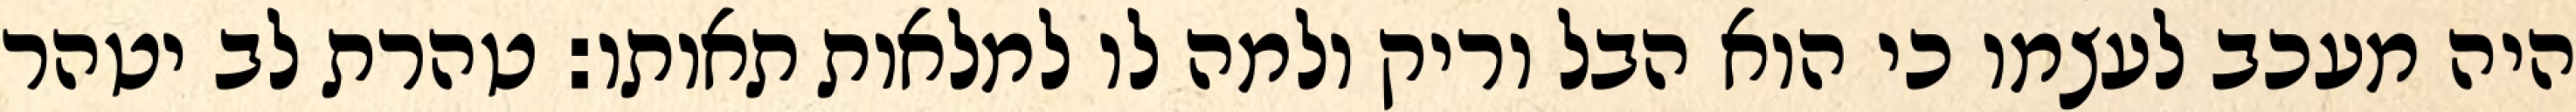
היה מעכב לעצמו כי הוא הבל וריק ולמה לו למלאות תאותו: טהרת לב יטהר